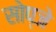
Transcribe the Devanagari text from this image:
सोप्जे